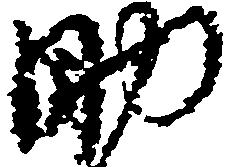
助